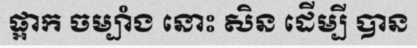
ផ្អាក ចម្បាំង នោះ សិន ដើម្បី បាន